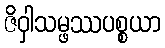
ဇိဝှါသမ္ဖဿပစ္စယာ